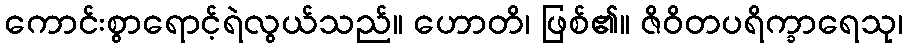
ကောင်းစွာရောင့်ရဲလွယ်သည်။ ဟောတိ၊ ဖြစ်၏။ ဇိဝိတပရိက္ခာရေသု၊